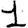
Digit: 1